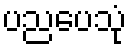
ပညပေသုံ